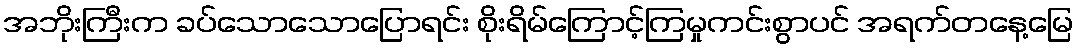
အဘိုးကြီးက ခပ်သောသောပြောရင်း စိုးရိမ်ကြောင့်ကြမှုကင်းစွာပင် အရက်တနေ့မြေ